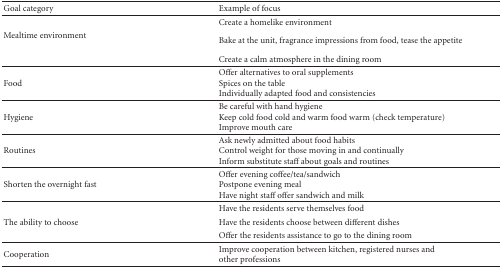
<table><thead><tr><td><b>Goal category</b></td><td><b>Example of focus</b></td></tr></thead><tbody><tr><td> </td><td>Create a homelike environment</td></tr><tr><td>Mealtime environment</td><td>Bake at the unit, fragrance impressions from food, tease the appetite</td></tr><tr><td> </td><td>Create a calm atmosphere in the dining room</td></tr><tr><td>Food </td><td>Offer alternatives to oral supplementsSpices on the tableIndividually adapted food and consistencies</td></tr><tr><td>Hygiene</td><td>Be careful with hand hygieneKeep cold food cold and warm food warm (check temperature)Improve mouth care</td></tr><tr><td>Routines</td><td>Ask newly admitted about food habitsControl weight for those moving in and continually Inform substitute staff about goals and routines </td></tr><tr><td>Shorten the overnight fast</td><td>Offer evening coffee/tea/sandwichPostpone evening mealHave night staff offer sandwich and milk</td></tr><tr><td> </td><td>Have the residents serve themselves food</td></tr><tr><td>The ability to choose</td><td>Have the residents choose between different dishes</td></tr><tr><td> </td><td>Offer the residents assistance to go to the dining room</td></tr><tr><td>Cooperation</td><td>Improve cooperation between kitchen, registered nurses andother professions</td></tr></tbody></table>